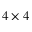
4 \times 4